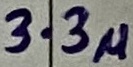
Text: 3.3u